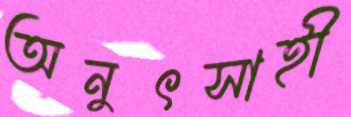
অনুৎসাহী